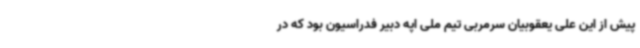
پیش از این علی یعقوبیان سرمربی تیم ملی اپه دبیر فدراسیون بود که در